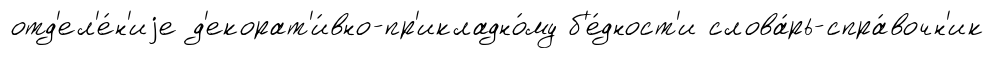
отд'ел'е́н'иjе д'екорат'и́вно-пр'икладно́му б'е́дност'и слова́рь-спра́вочн'ик